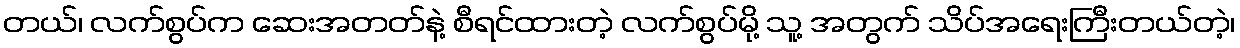
တယ်၊ လက်စွပ်က ဆေးအတတ်နဲ့ စီရင်ထားတဲ့ လက်စွပ်မို့ သူ့ အတွက် သိပ်အရေးကြီးတယ်တဲ့၊